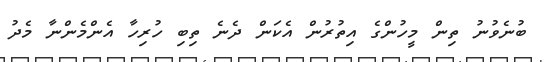
ބުނެވުނު ތިން މީހުންގެ އިތުރުން އެކަން ދެނެ ތިބި ހުރިހާ އެންމެންނާ މެދު